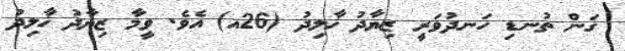
ގަން ތުނޑި ހަނދުވަރީ ޒިޔާދު ޚާލިދު (26އ) އެވެ. ވީމާ ޒިޔާދު ޚާލިދު